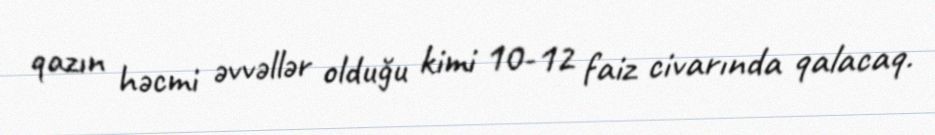
qazın həcmi əvvəllər olduğu kimi 10-12 faiz civarında qalacaq.